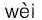
wèi